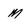
Character: M